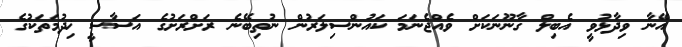
އޭނާ ވިދާޅުވީ އެބިލް ގާނޫނަކަށް ވެއްޖެނަމަ ކައުންސިލަރުން ނުތިބޭނެ ރަށްރަށުގެ އަސާސީ ޚިދުމަތަކުގެ